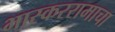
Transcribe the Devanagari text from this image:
भास्कररामाचा